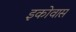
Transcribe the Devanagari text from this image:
इकोवास